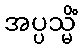
အပ္ပသ္မိံ